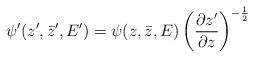
LaTeX: \begin{align*}\psi^{\prime}(z^{\prime},\bar{z}^{\prime},E^{\prime})=\psi(z,\bar{z},E)\left(\frac{\partial z^{\prime}}{\partial z}\right)^{-\frac{1}{2}}\end{align*}